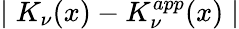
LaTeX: \mid K_{\nu}(x)-K_{\nu}^{app}(x)\mid